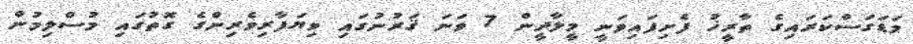
މަޑަގަސްކަރައިގެ ތާރީޚު ފެށިފައިވަނީ މީލާދީން 7 ވަނަ ޤަރުނުގައި ވިޔަފާރިވެރިންގެ ގޮތުގައި މުސްލިމުން